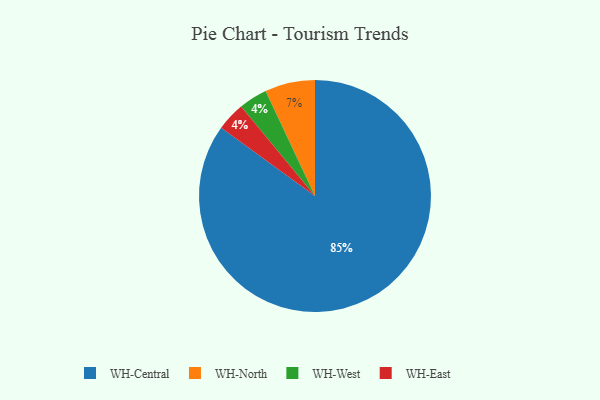
{"axis": {"x": "Category", "y": "Percentage"}, "legend": ["WH-Central", "WH-East", "WH-North", "WH-West"], "data": [{"x": "WH-North", "y": 7, "type": "WH-North"}, {"x": "WH-West", "y": 4, "type": "WH-West"}, {"x": "WH-Central", "y": 85, "type": "WH-Central"}, {"x": "WH-East", "y": 4, "type": "WH-East"}]}